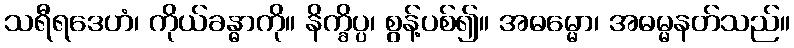
သရီရဒေဟံ၊ ကိုယ်ခန္ဓာကို။ နိက္ခိပ္ပ၊ စွန့်ပစ်၍။ အဓမ္မော၊ အဓမ္မနတ်သည်။